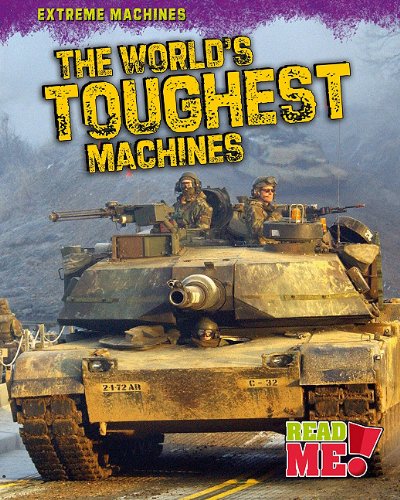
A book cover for The World's Toughest Machines (Extreme Machines); Judy Kentor Schmauss; Children's Books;